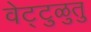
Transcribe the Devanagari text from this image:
वेट्टुळुतु